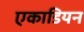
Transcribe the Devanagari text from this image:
एकाडियन